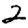
Digit: 2